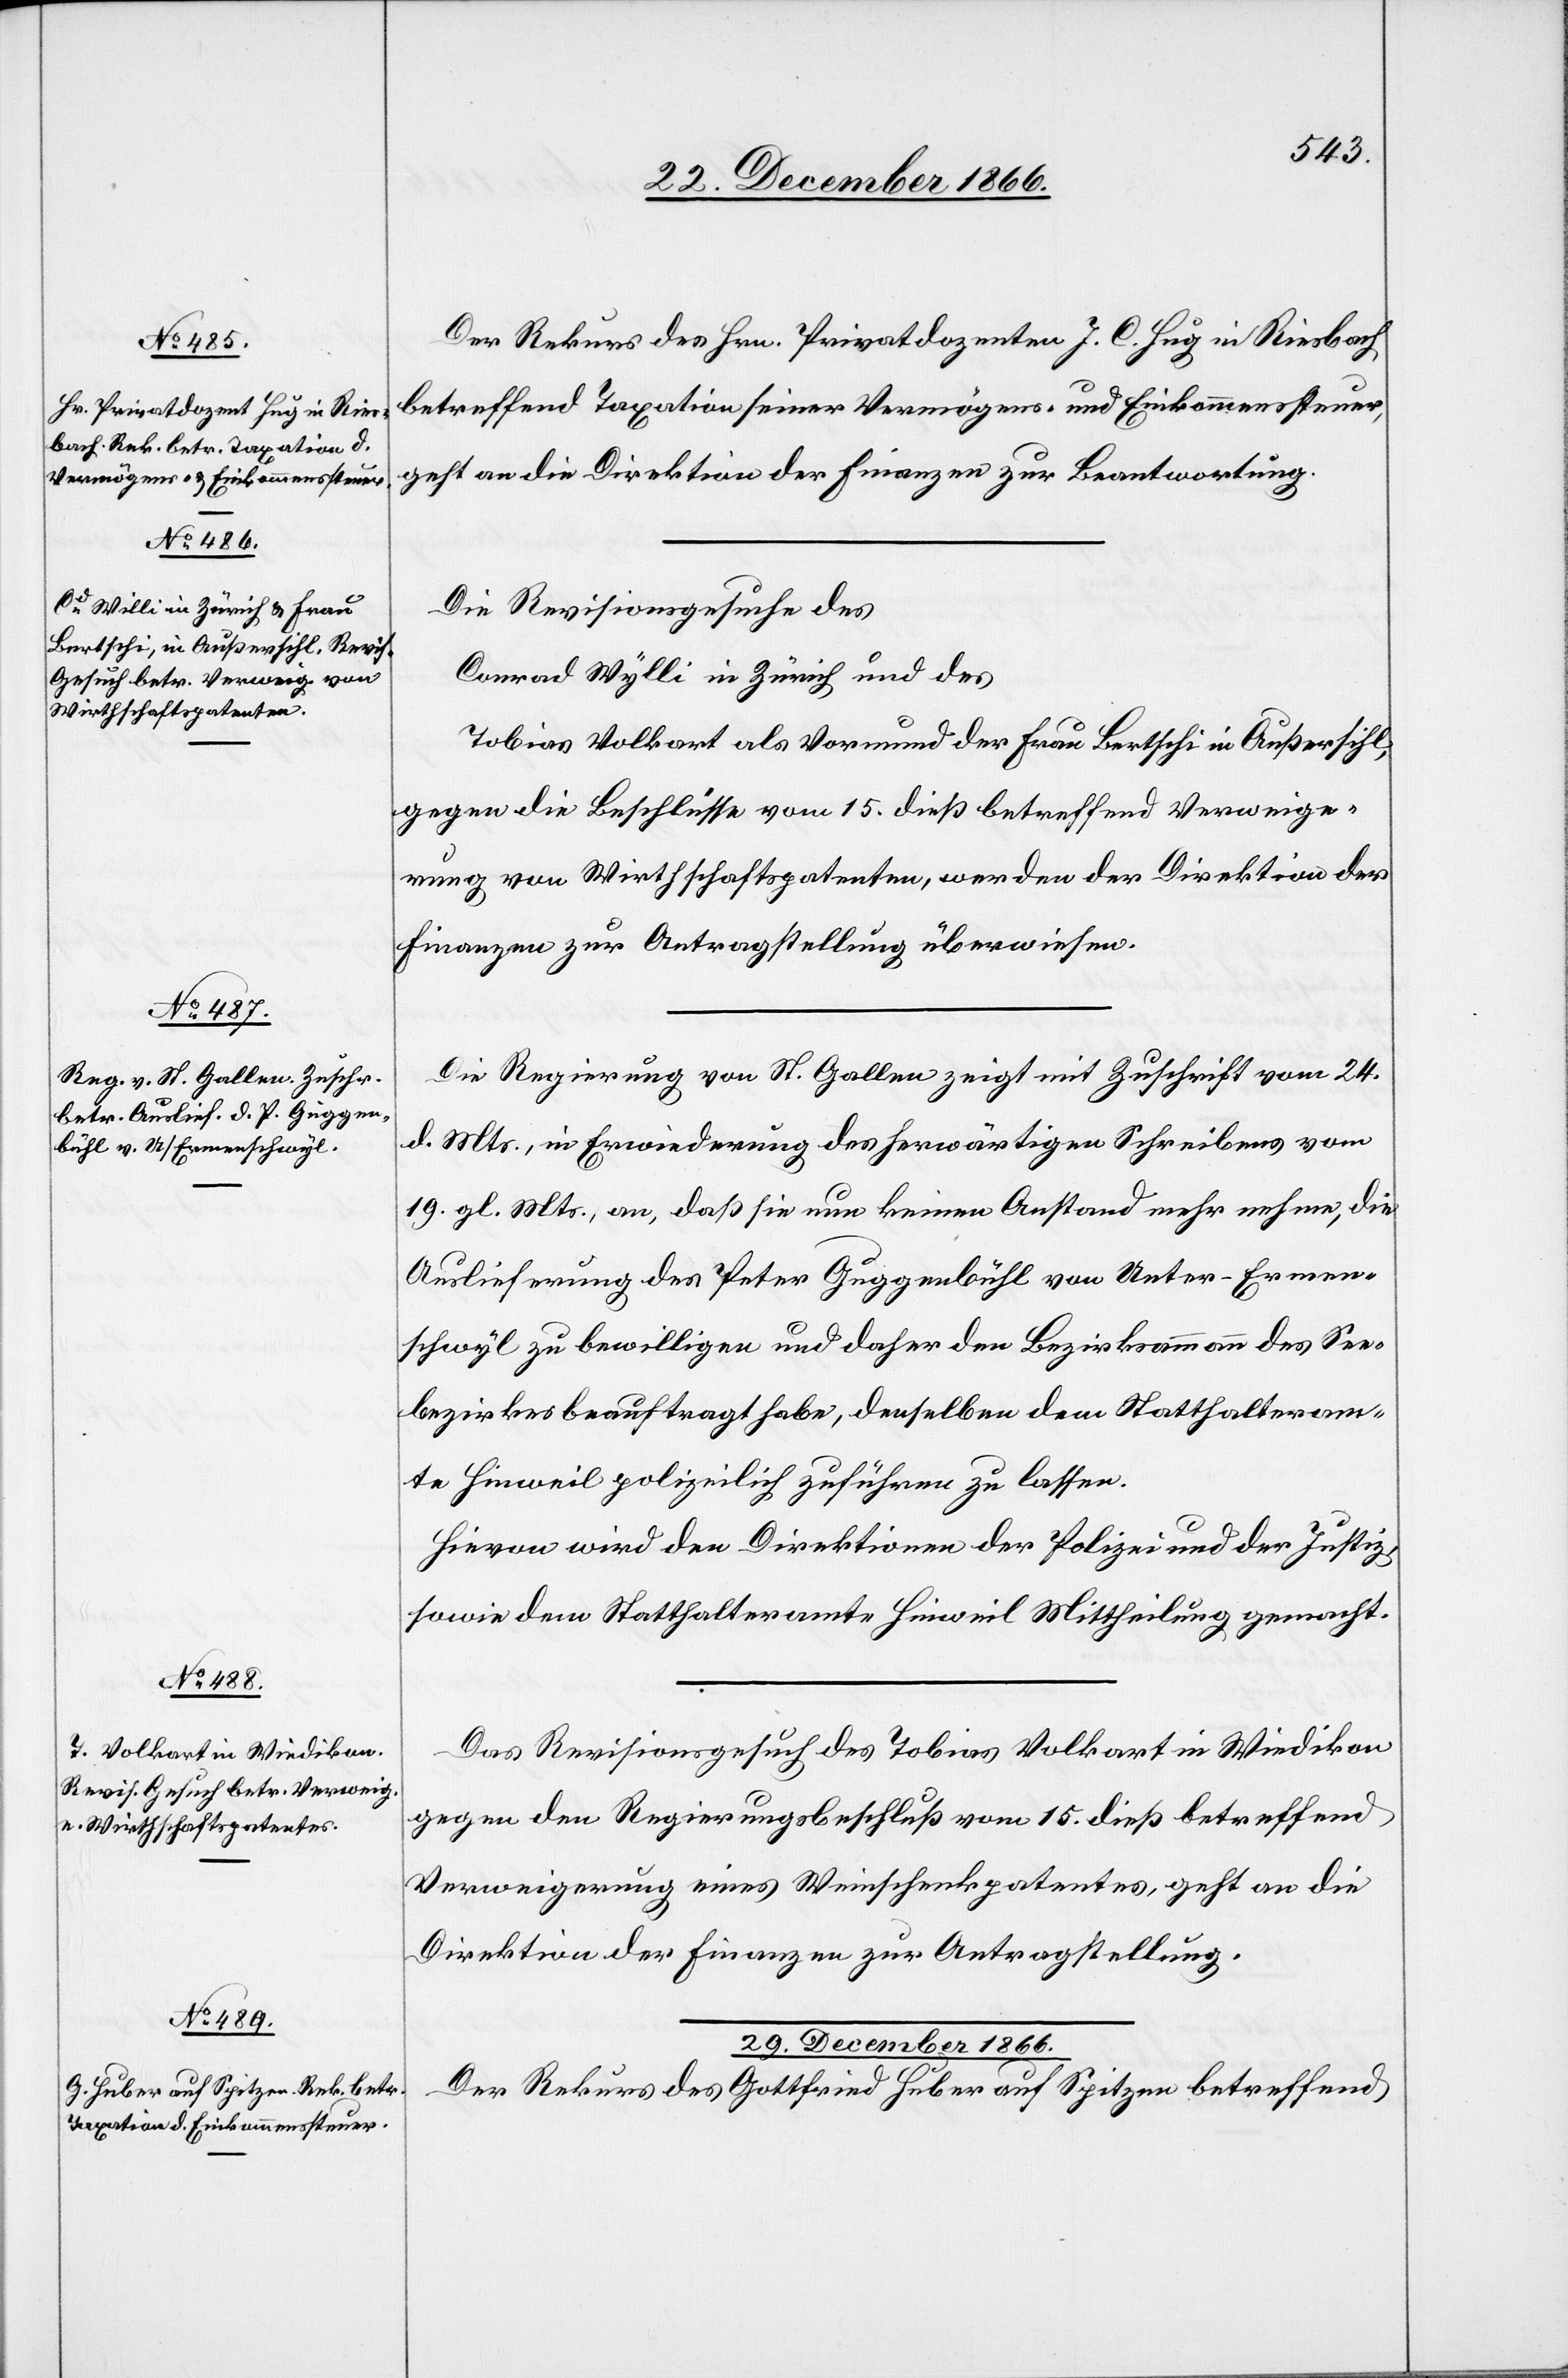
29. December 1866.
Der Rekurs des Hrn. Privatdozenten J. C. Hug in Riesbach
betreffend Taxation seiner Vermögens- und Einkommenssteuer,
geht an die Direktion der Finanzen zur Beantwortung.
Die Revisionsgesuche des
Conrad Wylli [sic!] in Zürich und des
Tobias Volkart als Vormund der Frau Bertschi in Außersihl,
gegen die Beschlüsse vom 15. dieß betreffend Verweige¬
rung von Wirthschaftspatenten, werden der Direktion der
Finanzen zur Antragstellung überwiesen.
Die Regierung von St. Gallen zeigt mit Zuschrift vom 24.
d. Mts., in Erwiederung des herwärtigen Schreibens vom
19. gl. Mts. an, daß sie nun keinen Anstand mehr nehme, die
Auslieferung des Peter Guggenbühl von Unter-Ermen¬
schwyl zu bewilligen und daher den Bezirksammann des See¬
bezirkes beauftragt habe, denselben dem Statthalteram¬
te Hinweil polizeilich zuführen zu lassen.
Hievon wird den Direktionen der Polizei und der Justiz,
sowie dem Statthalteramte Hinweil Mittheilung gemacht.
Das Revisionsgesuch des Tobias Volkart in Wiedikon
gegen den Regierungsbeschluß vom 15. dieß betreffend
Verweigerung eines Weinschenkpatentes, geht an die
Direktion der Finanzen zur Antragstellung.
Der Rekurs des Gottfried Huber auf Spitzen betreffend